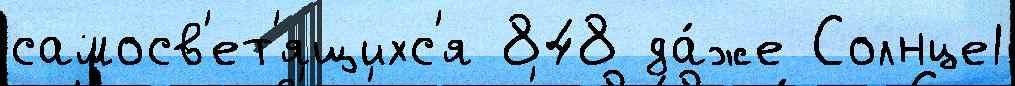
самосв'ет'ящихс'я 848 да́же Солнце1